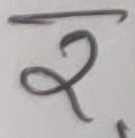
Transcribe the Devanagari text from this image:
र